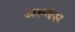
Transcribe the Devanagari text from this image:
अल्बेस